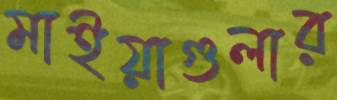
মাইয়াগুলার